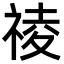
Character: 祾